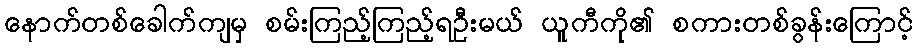
နောက်တစ်ခေါက်ကျမှ စမ်းကြည့်ကြည့်ရဦးမယ် ယူကီကို၏ စကားတစ်ခွန်းကြောင့်